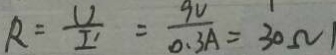
R = \frac { U } { I ^ { \prime } } = \frac { 9 V } { 0 . 3 A } = 3 0 \Omega